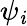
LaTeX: \psi_{\mathit{i}}